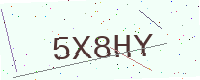
Text: 5X8HY